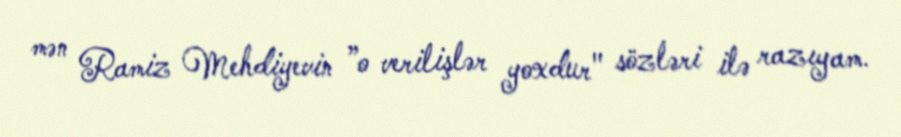
mən Ramiz Mehdiyevin ”o verilişlər yoxdur" sözləri ilə razıyam.